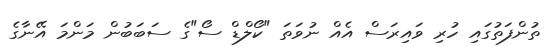
ތުންފަތުގައި ހުރި ވައިރަސް އެއް ނުވަތަ "ކޯލްޑް ސޯ"ގެ ސަބަބުން މަންމަ އޭނާގެ